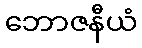
ဘောဇနီယံ